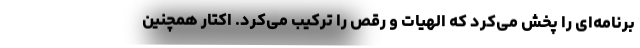
برنامه‌ای را پخش می‌کرد که الهیات و رقص را ترکیب می‌کرد. اکتار همچنین